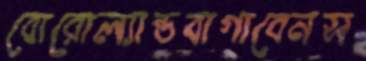
বোরোল্যান্ডবাগাবেনস